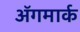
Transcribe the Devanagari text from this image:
अॅगमार्क